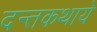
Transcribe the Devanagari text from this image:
दन्तकथाये